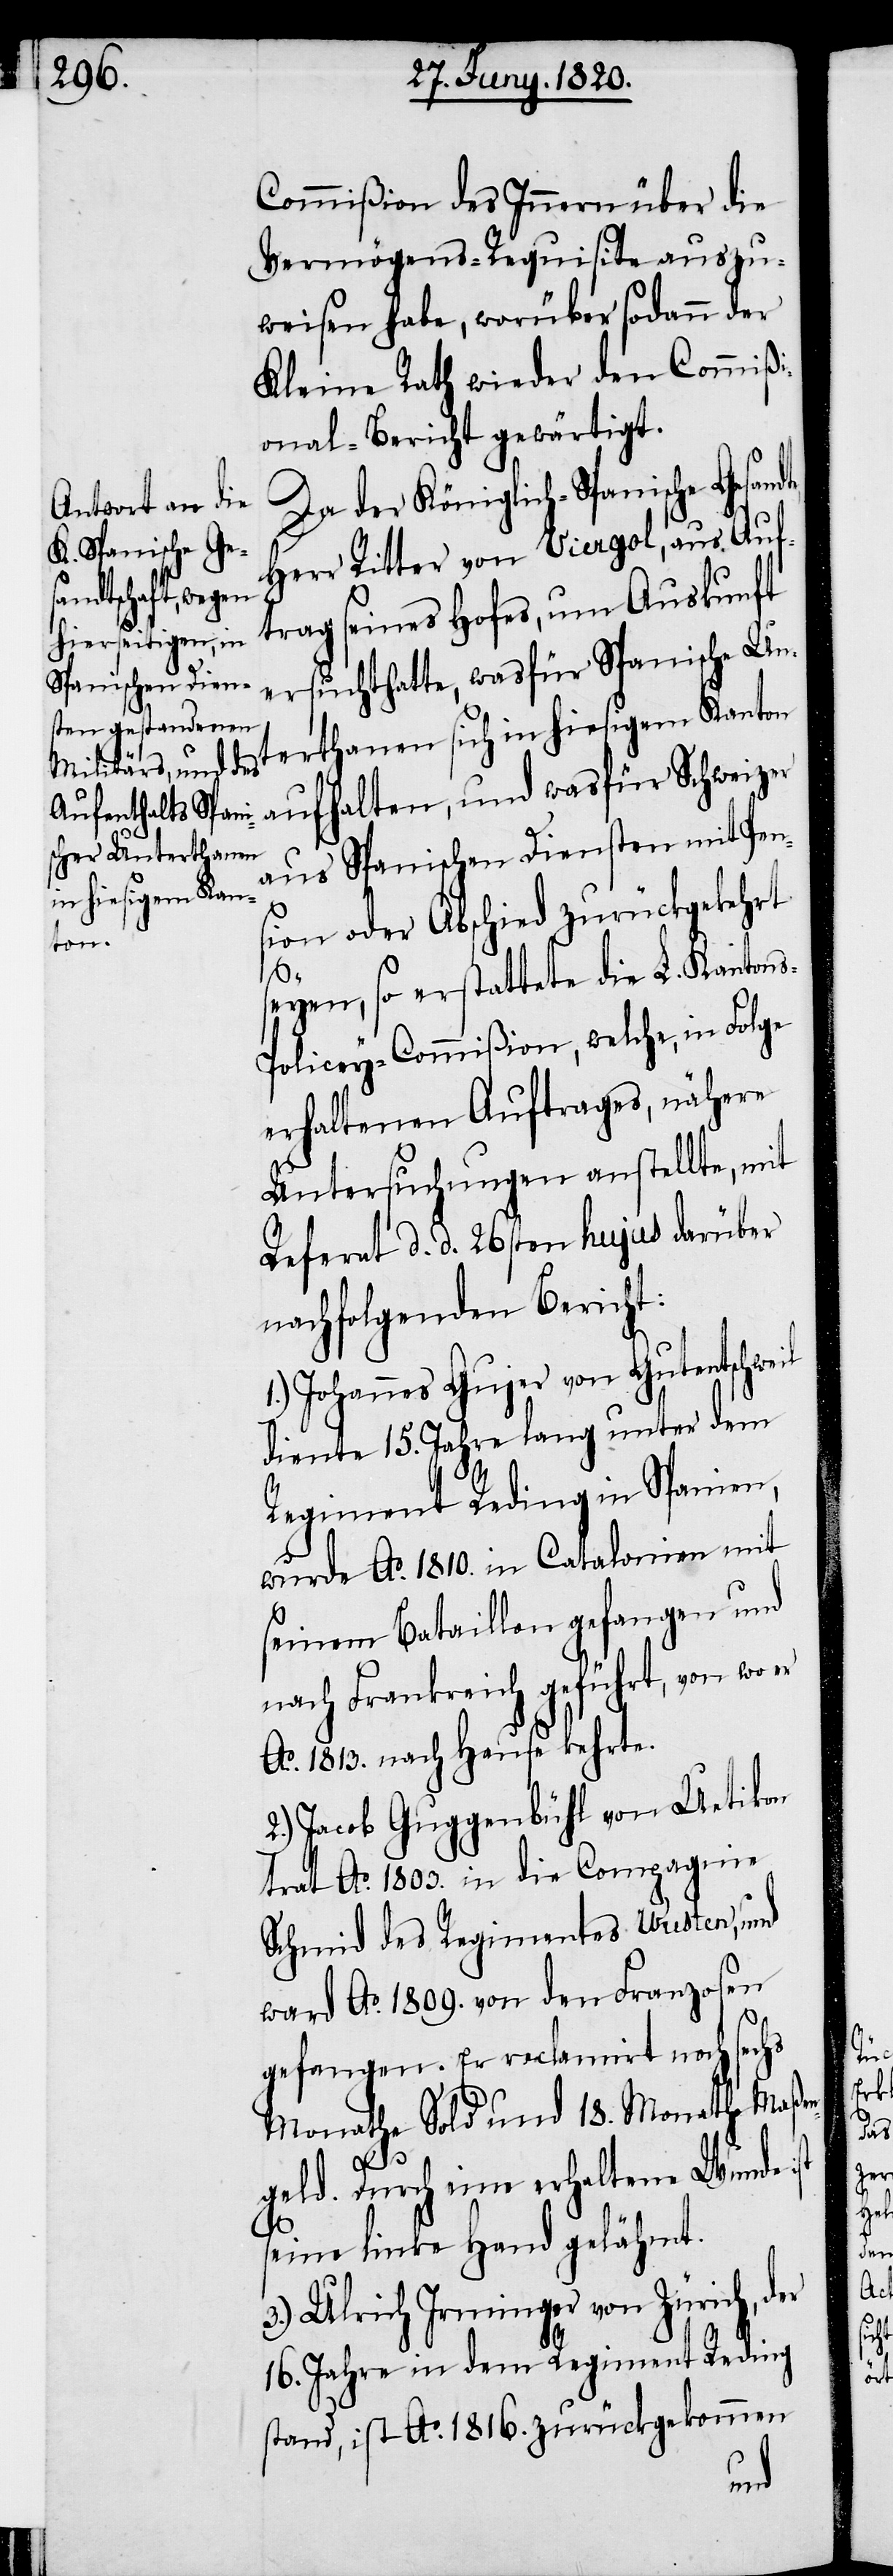
Commißion des Innern über die
Vermögens-Requisite auszu¬
weisen habe, worüber sodann der
Kleine Rath wieder den Commißi¬
onal-Bericht gewärtigt.
Da der Königlich-Spanische Gesandte
Herr Ritter von Viergol, aus Auf¬
trag seines Hofes, um Auskunft
ersucht hatte, was für Spanische Un¬
aufhalten, und was für Schweizer
aus Spanischen Diensten mit Pen¬
in hiesigem Kan¬
sion oder Abschied zurückgekehrt
terth¬
seyen, so erstattete die L. Kanton¬
olicey-Commißion, welche, in Folge
erhaltenen Auftrages, nähere
Untersuchungen anstellte, mit
Referat d. d. 26sten hujus darüber
nachfolgenden Bericht:
Johannes Gujer von Gutentschweil
diente 15. Jahre lang unter dem
Regiment Reding in Spanien,
wurde Ao. 1810. in Catalonien mit
seinem Bataillon gefangen und
nach Frankreich geführt, von wo er
Ao. 1813. nach Hause kehrte.
2.) Jacob Guggenbühl von Uetikon
trat Ao. 1803. in die Compagnie
Schmid des Regimentes Vusten, und
ward Ao. 1809. von den Franzosen
gefangen. Er reclamirt noch sechs
Monathe Sold und 18. Monathe Maßen¬
1.)
geld. Durch eine erhaltene Wunde
seine linke Hand gelähmt.
3.) Ulrich Irminger von Zürich, der
16. Jahre in dem Regiment Reding
stand, ist Ao. 1816. zurückgekommen
s-P¬